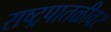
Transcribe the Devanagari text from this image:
राष्ट्रपातळीवर